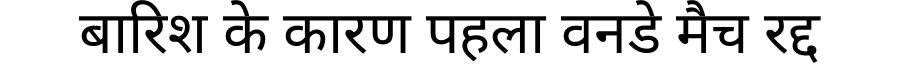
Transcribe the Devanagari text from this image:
बारिश के कारण पहला वनडे मैच रद्द